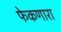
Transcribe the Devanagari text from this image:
फेकणारा